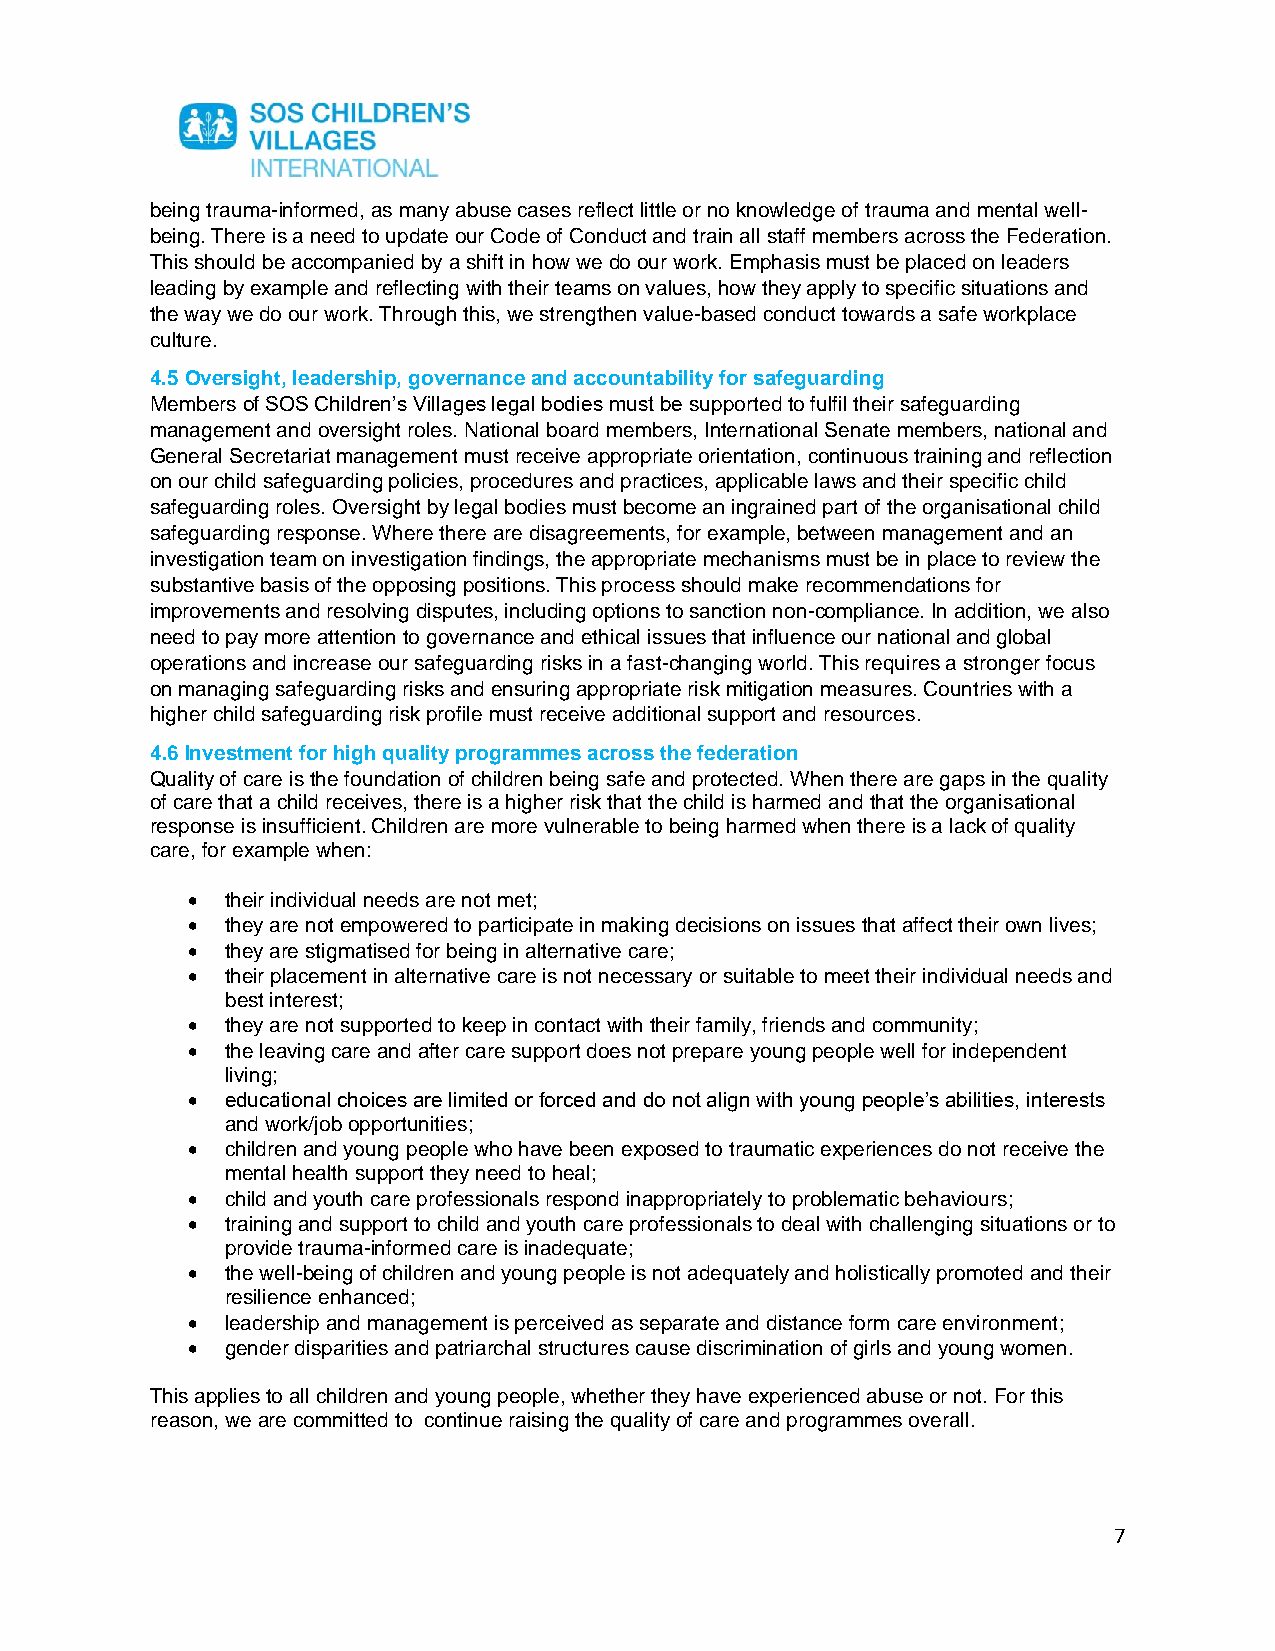
being trauma-informed, as many abuse cases reflect little or no knowledge of trauma and mental well-
 being. There is a need to update our Code of Conduct and train all staff members across the Federation.
 This should be accompanied by a shift in how we do our work. Emphasis must be placed on leaders
 leading by example and reflecting with their teams on values, how they apply to specific situations and
 the way we do our work. Through this, we strengthen value-based conduct towards a safe workplace
 culture.
 4.5 Oversight, leadership, governance and accountability for safeguarding
 Members of SOS Children’s Villages legal bodies must be supported to fulfil their safeguarding
 management and oversight roles. National board members, International Senate members, national and
 General Secretariat management must receive appropriate orientation, continuous training and reflection
 on our child safeguarding policies, procedures and practices, applicable laws and their specific child
 safeguarding roles. Oversight by legal bodies must become an ingrained part of the organisational child
 safeguarding response. Where there are disagreements, for example, between management and an
 investigation team on investigation findings, the appropriate mechanisms must be in place to review the
 substantive basis of the opposing positions. This process should make recommendations for
 improvements and resolving disputes, including options to sanction non-compliance. In addition, we also
 need to pay more attention to governance and ethical issues that influence our national and global
 operations and increase our safeguarding risks in a fast-changing world. This requires a stronger focus
 on managing safeguarding risks and ensuring appropriate risk mitigation measures. Countries with a
 higher child safeguarding risk profile must receive additional support and resources.
 4.6 Investment for high quality programmes across the federation
 Quality of care is the foundation of children being safe and protected. When there are gaps in the quality
 of care that a child receives, there is a higher risk that the child is harmed and that the organisational
 response is insufficient. Children are more vulnerable to being harmed when there is a lack of quality
 care, for example when:
 •  their individual needs are not met;
 •  they are not empowered to participate in making decisions on issues that affect their own lives;
 •  they are stigmatised for being in alternative care;
 •  their placement in alternative care is not necessary or suitable to meet their individual needs and
 best interest;
 •  they are not supported to keep in contact with their family, friends and community;
 •  the leaving care and after care support does not prepare young people well for independent
 living;
 •  educational choices are limited or forced and do not align with young people’s abilities, interests
 and work/job opportunities;
 •  children and young people who have been exposed to traumatic experiences do not receive the
 mental health support they need to heal;
 •  child and youth care professionals respond inappropriately to problematic behaviours;
 •  training and support to child and youth care professionals to deal with challenging situations or to
 provide trauma-informed care is inadequate;
 •  the well-being of children and young people is not adequately and holistically promoted and their
 resilience enhanced;
 •  leadership and management is perceived as separate and distance form care environment;
 •  gender disparities and patriarchal structures cause discrimination of girls and young women.
 This applies to all children and young people, whether they have experienced abuse or not. For this
 reason, we are committed to continue raising the quality of care and programmes overall.
 7